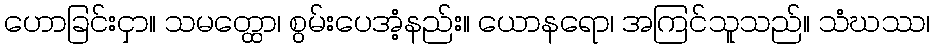
ဟောခြင်းငှာ။ သမတ္ထော၊ စွမ်းပေအံ့နည်း။ ယောနရော၊ အကြင်သူသည်။ သံဃဿ၊